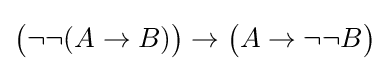
{\big (}\neg \neg (A\to B){\big )}\to {\big (}A\to \neg \neg B{\big )}